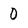
Character: 0